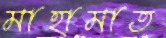
মাহামাত